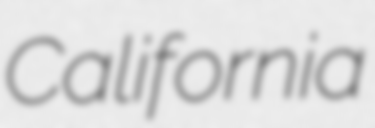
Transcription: California